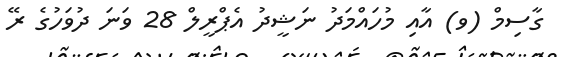
ގާސިމް (ވ) އާއި މުހައްމަދު ނަޝީދު އެޕްރީލް 28 ވަނަ ދުވަހުގެ ރޭ